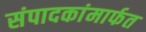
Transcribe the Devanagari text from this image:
संपादकांमार्फत